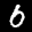
Label: 6